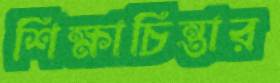
শিক্ষাচিন্তার